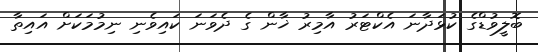
ބޮލީވުޑްގެ ކުޅަދާނަ އެކްޓަރު އާމިރު ޚާން ގެ ދެވަނަ ކައިވެނި ނިމުމަކަށް އައިތާ